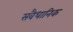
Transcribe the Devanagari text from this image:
सवैधानिक